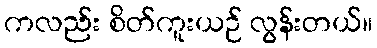
ကလည်း စိတ်ကူးယဉ် လွန်းတယ်။